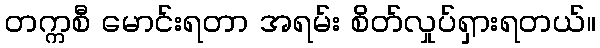
တက္ကစီ မောင်းရတာ အရမ်း စိတ်လှုပ်ရှားရတယ်။